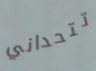
تتحداني